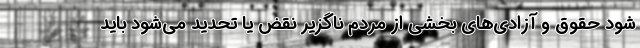
شود حقوق و آزادی‌های بخشی از مردم ناگزیر نقض یا تحدید می‌شود باید